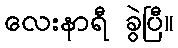
လေးနာရီ ခွဲပြီ။